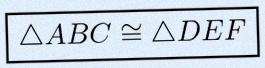
\triangle ABC\cong\triangle DEF